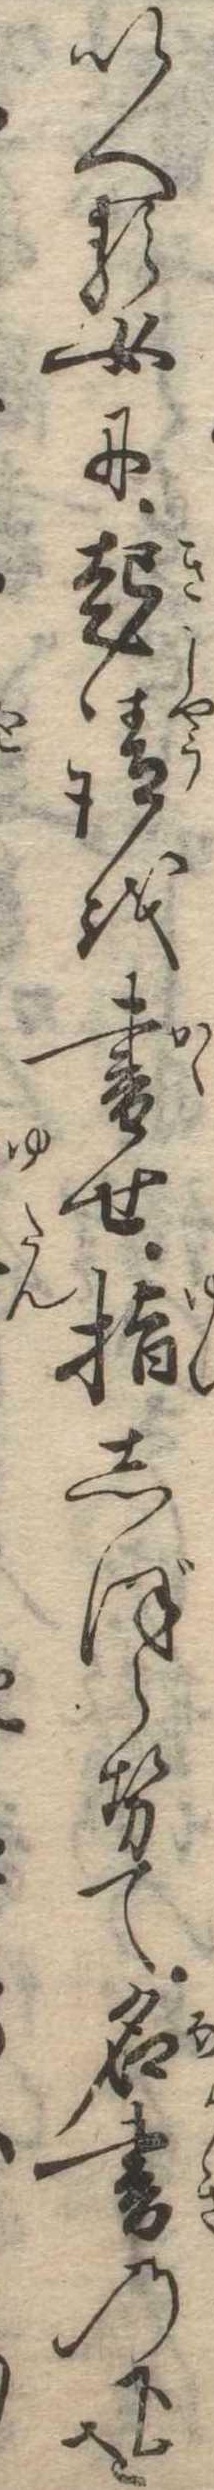
いへる女に起請を書せ指しぼらせて名書の下をと